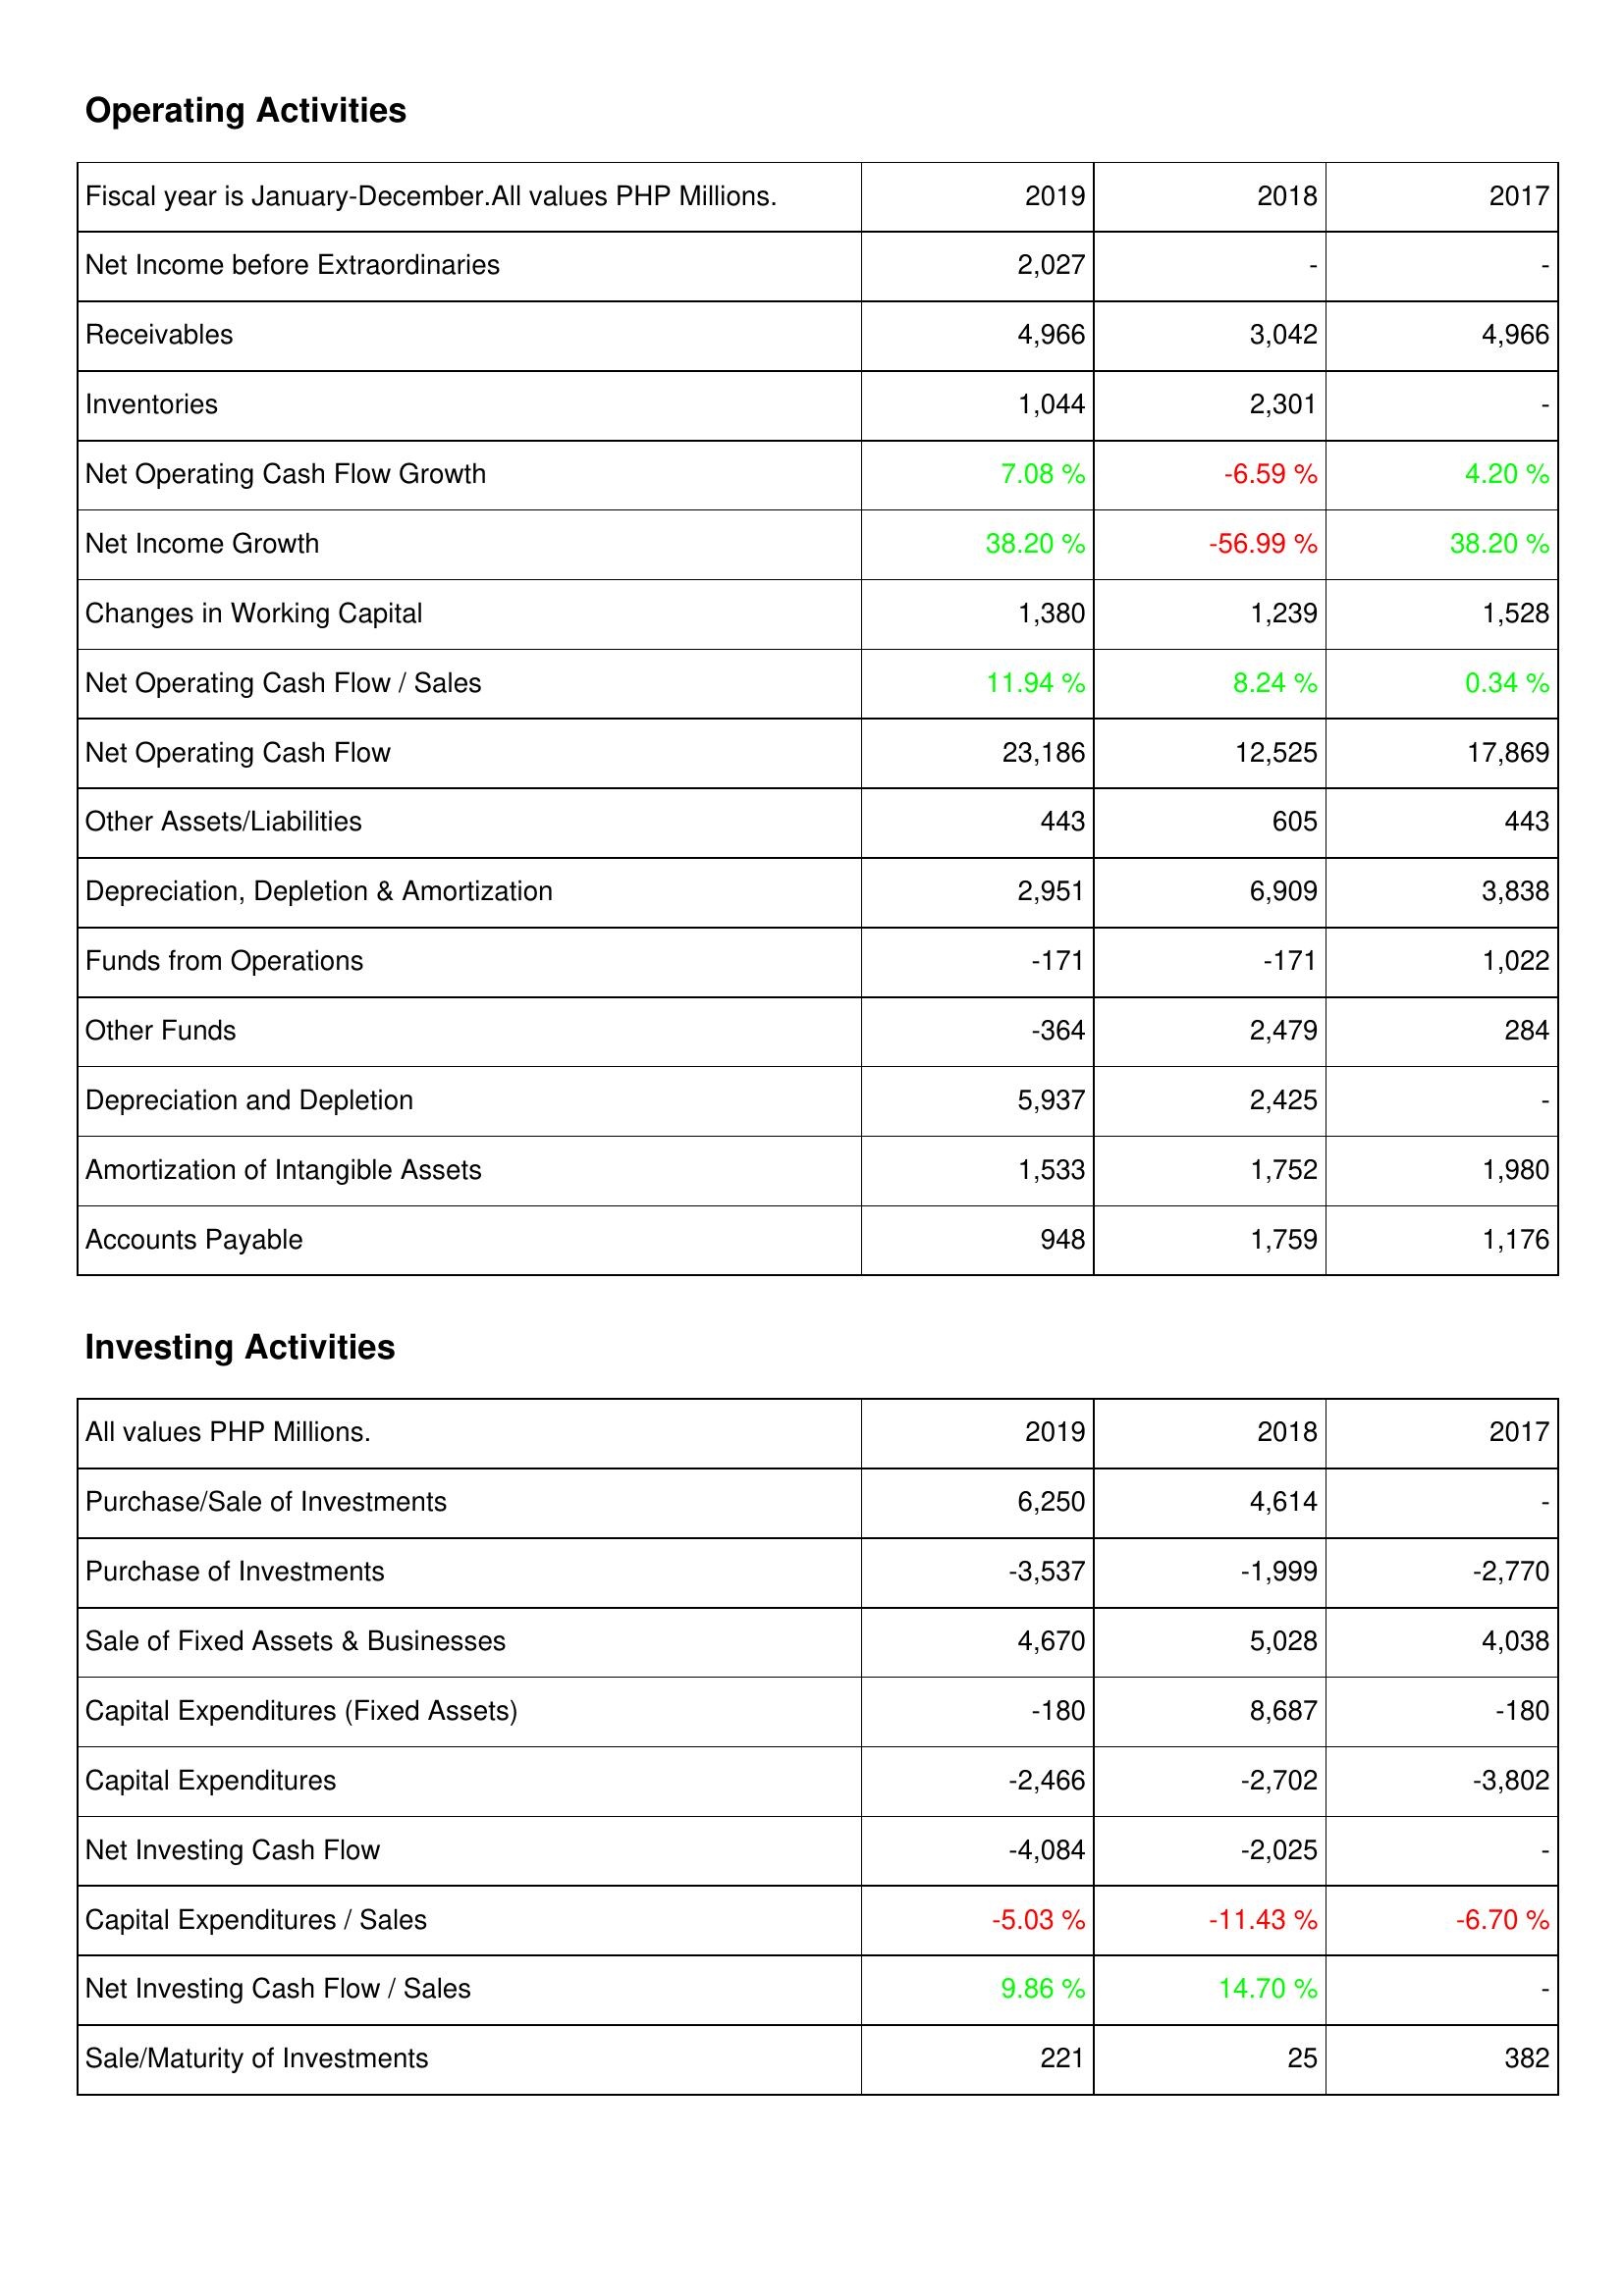
2019: Operating Activities: Net Income before Extraordinaries: 2,027
Receivables: 4,966
Inventories: 1,044
Net Operating Cash Flow Growth: 7.08 %
Net Income Growth: 38.20 %
Changes in Working Capital: 1,380
Net Operating Cash Flow / Sales: 11.94 %
Net Operating Cash Flow: 23,186
Other Assets/Liabilities: 443
Depreciation, Depletion & Amortization: 2,951
Funds from Operations: -171
Other Funds: -364
Depreciation and Depletion: 5,937
Amortization of Intangible Assets: 1,533
Accounts Payable: 948
Investing Activities: Purchase/Sale of Investments: 6,250
Purchase of Investments: -3,537
Sale of Fixed Assets & Businesses: 4,670
Capital Expenditures (Fixed Assets): -180
Capital Expenditures: -2,466
Net Investing Cash Flow: -4,084
Capital Expenditures / Sales: -5.03 %
Net Investing Cash Flow / Sales: 9.86 %
Sale/Maturity of Investments: 221
2018: Operating Activities: Net Income before Extraordinaries: -
Receivables: 3,042
Inventories: 2,301
Net Operating Cash Flow Growth: -6.59 %
Net Income Growth: -56.99 %
Changes in Working Capital: 1,239
Net Operating Cash Flow / Sales: 8.24 %
Net Operating Cash Flow: 12,525
Other Assets/Liabilities: 605
Depreciation, Depletion & Amortization: 6,909
Funds from Operations: -171
Other Funds: 2,479
Depreciation and Depletion: 2,425
Amortization of Intangible Assets: 1,752
Accounts Payable: 1,759
Investing Activities: Purchase/Sale of Investments: 4,614
Purchase of Investments: -1,999
Sale of Fixed Assets & Businesses: 5,028
Capital Expenditures (Fixed Assets): 8,687
Capital Expenditures: -2,702
Net Investing Cash Flow: -2,025
Capital Expenditures / Sales: -11.43 %
Net Investing Cash Flow / Sales: 14.70 %
Sale/Maturity of Investments: 25
2017: Operating Activities: Net Income before Extraordinaries: -
Receivables: 4,966
Inventories: -
Net Operating Cash Flow Growth: 4.20 %
Net Income Growth: 38.20 %
Changes in Working Capital: 1,528
Net Operating Cash Flow / Sales: 0.34 %
Net Operating Cash Flow: 17,869
Other Assets/Liabilities: 443
Depreciation, Depletion & Amortization: 3,838
Funds from Operations: 1,022
Other Funds: 284
Depreciation and Depletion: -
Amortization of Intangible Assets: 1,980
Accounts Payable: 1,176
Investing Activities: Purchase/Sale of Investments: -
Purchase of Investments: -2,770
Sale of Fixed Assets & Businesses: 4,038
Capital Expenditures (Fixed Assets): -180
Capital Expenditures: -3,802
Net Investing Cash Flow: -
Capital Expenditures / Sales: -6.70 %
Net Investing Cash Flow / Sales: -
Sale/Maturity of Investments: 382